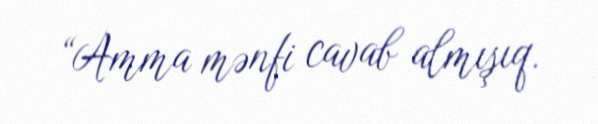
“Amma mənfi cavab almışıq.